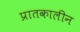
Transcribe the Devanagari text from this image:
प्रातकालीन